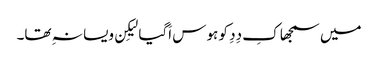
میں سمجھا کِ دِدِ کو ہوس اَگیا لیکِن ویسا نہِ تھا۔